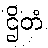
ဌိတံ